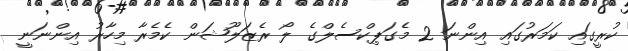
ކުރީގައި ކަމަރުގައި އިންނަ 2 މެގަޕިކްސެލްގެ ލޯ ރެޒަލޫޝަން ކެމެރާ މިހާރު އިންނަނީ